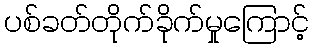
ပစ်ခတ်တိုက်ခိုက်မှုကြောင့်